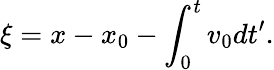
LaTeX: \xi=x-x_{0}-\int_{0}^{t}v_{0}dt^{\prime}.